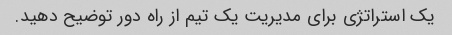
یک استراتژی برای مدیریت یک تیم از راه دور توضیح دهید.